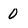
Character: 0